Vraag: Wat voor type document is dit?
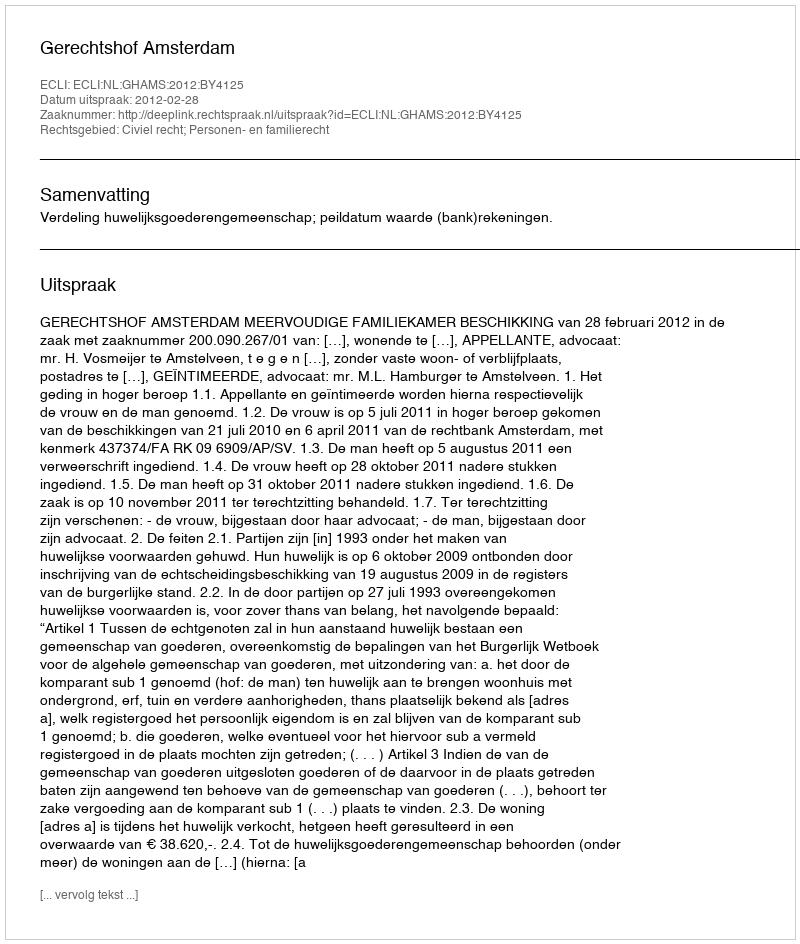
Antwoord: Uitspraak